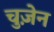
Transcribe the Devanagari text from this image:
चुज़ेन